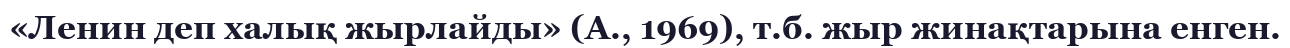
«Ленин деп халық жырлайды» (А., 1969), т.б. жыр жинақтарына енген.